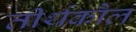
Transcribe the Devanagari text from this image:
तीर्थकौल